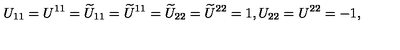
U _ { 1 1 } = U ^ { 1 1 } = \widetilde { U } _ { 1 1 } = \widetilde { U } ^ { 1 1 } = \widetilde { U } _ { 2 2 } = \widetilde { U } ^ { 2 2 } = 1 , U _ { 2 2 } = U ^ { 2 2 } = - 1 ,